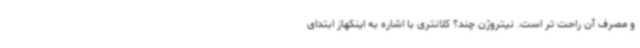
و مصرف آن راحت تر است. نیتروژن چند؟ کلانتری با اشاره به اینکهاز ابتدای